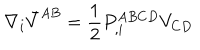
\nabla _ { i } \bar { V } ^ { A B } = { \frac { 1 } { 2 } } P _ { , i } ^ { A B C D } V _ { C D }